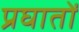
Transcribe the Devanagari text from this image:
प्रघातों